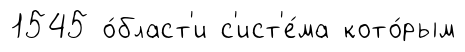
1545 о́бласт'и с'ист'е́ма кото́рым